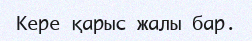
Кере қарыс жалы бар.